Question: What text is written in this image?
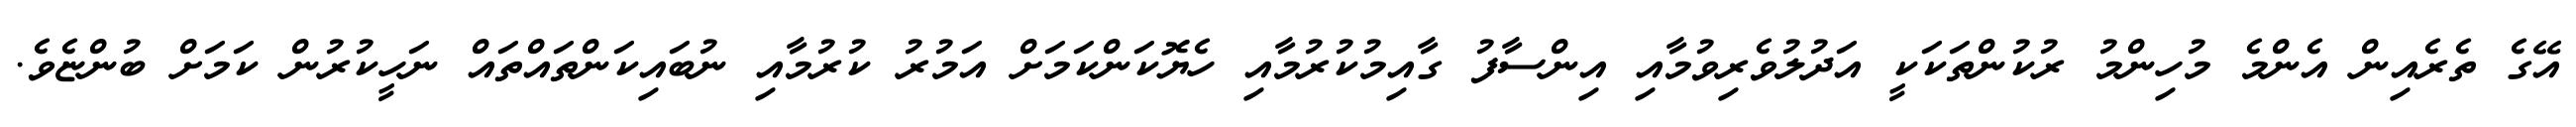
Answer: އޭގެ ތެރެއިން އެންމެ މުހިންމު ރުކުންތަކަކީ އަދުލުވެރިވުމާއި އިންސާފު ގާއިމުކުރުމާއި ހެޔޮކަންކަމަށް އަމުރު ކުރުމާއި ނުބައިކަންތައްތައް ނަހީކުރުން ކަމަށް ބުންޏެވެ.